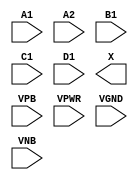
module sky130_fd_sc_lp__o2111a (
    //# {{data|Data Signals}}
    input  A1  ,
    input  A2  ,
    input  B1  ,
    input  C1  ,
    input  D1  ,
    output X   ,

    //# {{power|Power}}
    input  VPB ,
    input  VPWR,
    input  VGND,
    input  VNB
);
endmodule